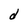
Character: d